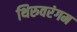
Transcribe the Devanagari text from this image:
थिरुवरंगम